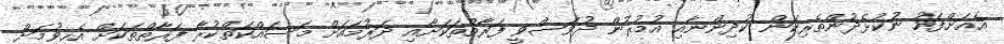
އެއަށްފަހު ނުކުޅެދުންތެރިކަން ކުދިންނާއި އުމުރުން ދުވަސްވީ ފަރާތްތަކަށާއި ދަރުމައަށް މަސައްކަތްކުރާ ފަރާތްތަކަށް އެހީވުމަށް